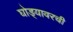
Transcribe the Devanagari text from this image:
घोड्यावरची